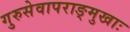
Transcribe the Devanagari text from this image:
गुरुसेवापराङ्मुखाः